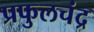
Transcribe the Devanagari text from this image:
प्रफुलचंद्र